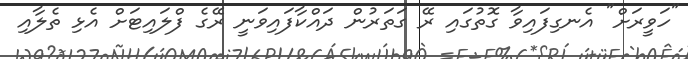
"ހަވީރަށް" އެނގިފައިވާ ގޮތުގައި ރޭ ގަތަރުން ދައްކާފައިވަނީ ރޭގެ ފްލައިޓަށް އެޅި ތެލާއި